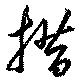
措